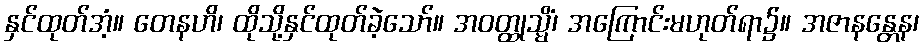
နှင်ထုတ်အံ့။ တေနဟိ၊ ထိုသို့နှင်ထုတ်ခဲ့သော်။ အဝတ္ထုသ္မိံ၊ အကြောင်းမဟုတ်ရာ၌။ အဇာနန္တေန၊